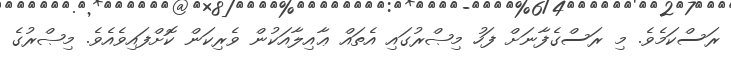
ރަސްކަމެވެ. މި ރަސްގެފާނަށް ފަހު މިޞްރުގައި އެތައް ޢާއިލާއަކުން ވެރިކަން ކޮށްފައިވެއެވެ. މިޞްރުގެ